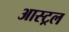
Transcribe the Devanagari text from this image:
आस्ट्रल